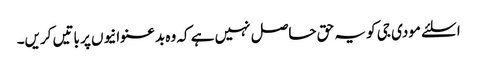
ا سلئے مودی جی کو یہ حق حاصل نہیں ہے کہ وہ بدعنوانیوں پر باتیں کریں۔